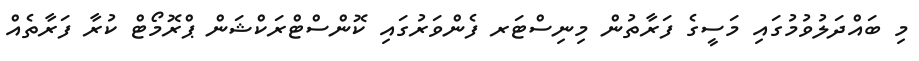
މި ބައްދަލުވުމުގައި މަސީގެ ފަރާތުން މިނިސްޓަރ ފެންވަރުގައި ކޮންސްޓްރަކްޝަން ޕްރޮމޯޓް ކުރާ ފަރާތެއް